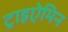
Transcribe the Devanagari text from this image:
ट्राइऐमिन